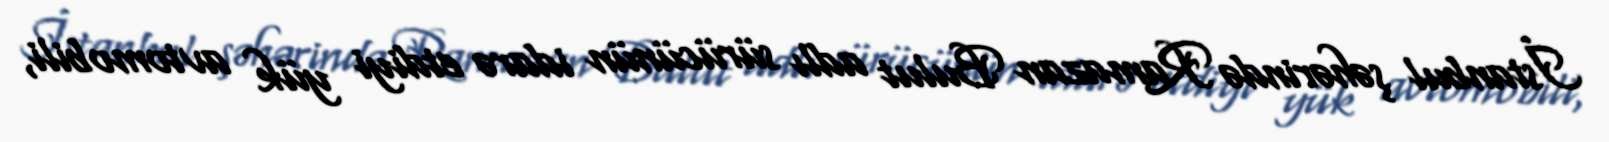
İstanbul şəhərində Ramazan Bulut adlı sürücünün idarə etdiyi yük avtomobili,